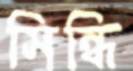
সিন্ধি